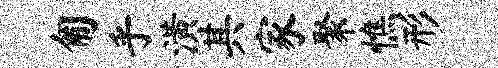
匍乎潢其家聚憔形